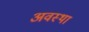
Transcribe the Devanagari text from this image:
अवस्‍था